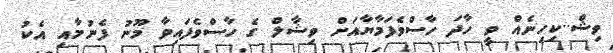
ވިޝް..ކިހިނެއް ވީ ހާދަ ހާސްވެފަމާޔާއަށް ވިޝާލް ގެ ހާސްވެފައިވާ މޫނު ފެނުމާއި އެކު